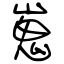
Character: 嵬